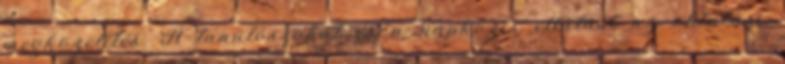
megközelítés. A tanulószobát és a napközis ellátást az oktatási